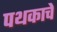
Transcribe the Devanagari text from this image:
पथकाचेे